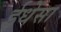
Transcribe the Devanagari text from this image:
ईधेसा